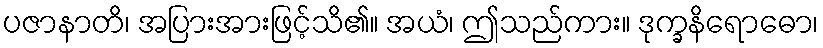
ပဇာနာတိ၊ အပြားအားဖြင့်သိ၏။ အယံ၊ ဤသည်ကား။ ဒုက္ခနိရောဓော၊